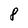
Character: 8